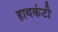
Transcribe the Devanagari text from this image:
हाथकंटी